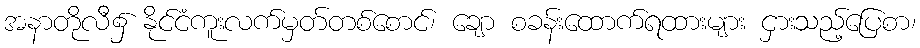
အနာတိုလီ၌ နိုင်ငံကူးလက်မှတ်တစ်စောင်၊ ချော စခန်းထောက်ရထားများ ငှားသည့်ပြေစာ၊